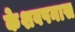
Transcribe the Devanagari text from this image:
केशवपनास